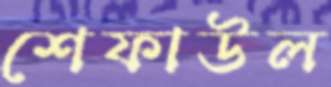
শেফাউল